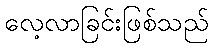
လေ့လာခြင်းဖြစ်သည်